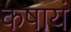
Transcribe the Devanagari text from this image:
कषायं